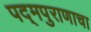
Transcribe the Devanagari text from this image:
पद्‌मपुराणाचा